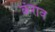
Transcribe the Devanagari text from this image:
कंराव